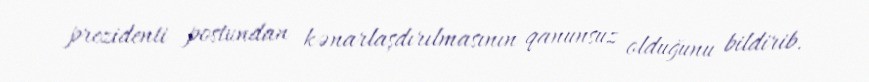
prezidenti postundan kənarlaşdırılmasının qanunsuz olduğunu bildirib.